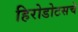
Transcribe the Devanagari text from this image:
हिरोडोटसचे